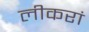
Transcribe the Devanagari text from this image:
लीकरां